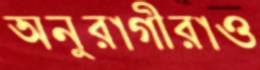
অনুরাগীরাও